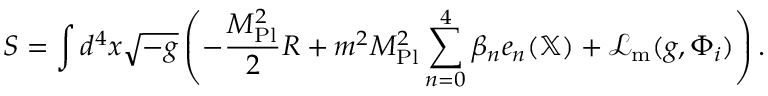
S = \int d ^ { 4 } x { \sqrt { - g } } \left( - { \frac { M _ { \mathrm { P l } } ^ { 2 } } { 2 } } R + m ^ { 2 } M _ { \mathrm { P l } } ^ { 2 } \displaystyle \sum _ { n = 0 } ^ { 4 } \beta _ { n } e _ { n } ( \mathbb { X } ) + { \mathcal { L } } _ { \mathrm { m } } ( g , \Phi _ { i } ) \right) .